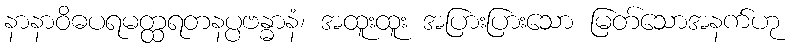
နာနာဝိဓပရမတ္ထရတနပ္ပဗန္ဓာနံ၊ အထူးထူး အပြားပြားသော မြတ်သောအနက်ဟု